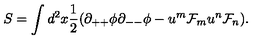
S = \int d ^ { 2 } x { \frac { 1 } { 2 } } ( \partial _ { + + } \phi \partial _ { -- } \phi - u ^ { m } { \cal F } _ { m } u ^ { n } { \cal F } _ { n } ) .